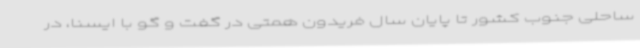
ساحلی جنوب کشور تا پایان سال فریدون همتی در گفت و گو با ایسنا، در